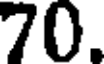
70.